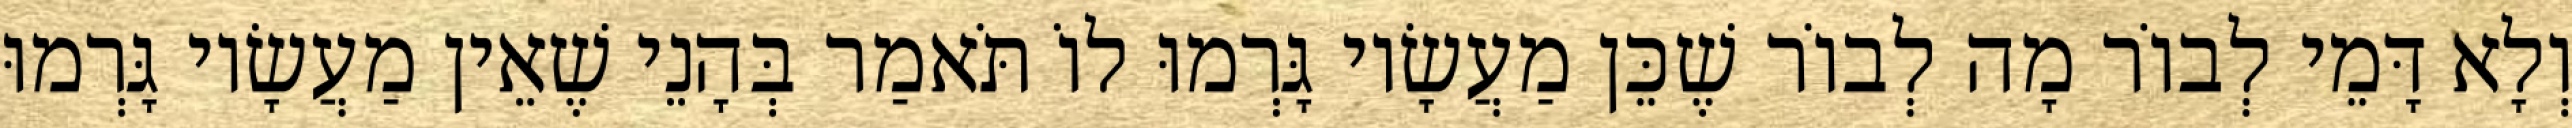
וְלָא דָּמֵי לְבוֹר מָה לְבוֹר שֶׁכֵּן מַעֲשָׂיו גָּרְמוּ לוֹ תֹּאמַר בְּהָנֵי שֶׁאֵין מַעֲשָׂיו גָּרְמוּ